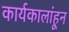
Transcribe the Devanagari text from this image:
कार्यकालांहून